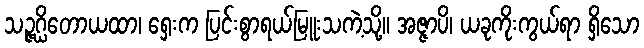
သဉ္ဇဂ္ဃိတောယထာ၊ ရှေးက ပြင်းစွာရယ်မြူးသကဲ့သို့။ အဇ္ဇာပိ၊ ယခုကိုးကွယ်ရာ ရှိသော